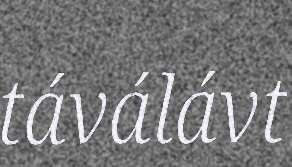
táválávt